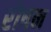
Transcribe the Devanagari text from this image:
रोषन